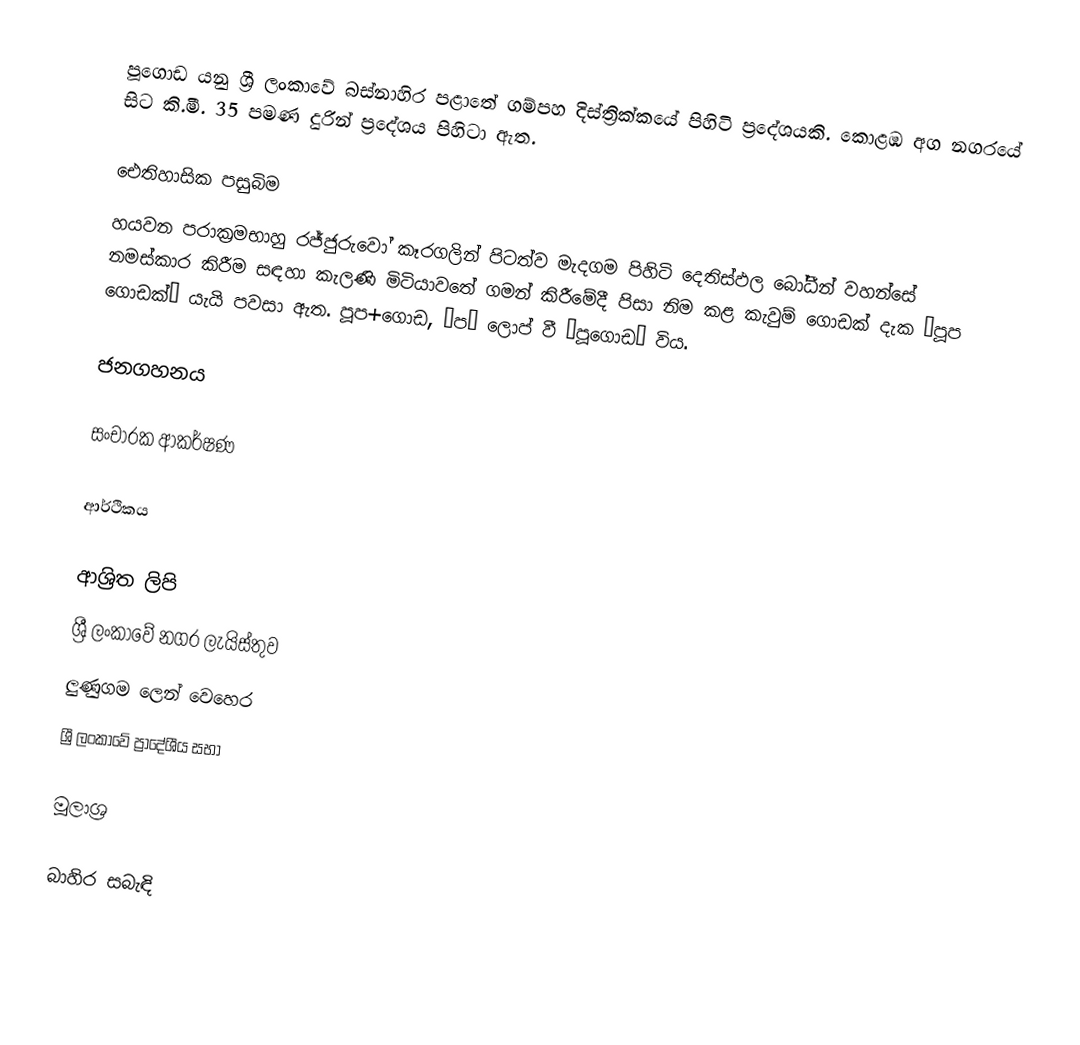
පූගොඩ යනු ශ්‍රී ලංකාවේ බස්නාහිර පළාතේ ගම්පහ දිස්ත්‍රික්කයේ පිහිටි ප්‍රදේශයකි. කොළඹ අග නගරයේ සිට කි.මී. 35 පමණ දුරින් ප්‍රදේශය පිහිටා ඇත.

ඓතිහාසික පසුබිම
හයවන පරාක්‍රමභාහු රජ්ජුරුවෝ කෑරගලින් පිටත්ව මැදගම පිහිටි දෙතිස්ඵල බෝධීන් වහන්සේ නමස්කාර කිරීම සඳහා කැලණි මිටියාවතේ ගමන් කිරීමේදී පිසා නිම කළ කැවුම් ගොඩක් දැක “පූප ගොඩක්” යැයි පවසා ඇත. පූප+ගොඩ, ‘ප’ ලොප් වී ‘පූගොඩ’ විය.

ජනගහනය

සංචාරක ආකර්ෂණ

ආර්ථිකය

ආශ්‍රිත ලිපි
 ශ්‍රී ලංකාවේ නගර ලැයිස්තුව
 ලුණුගම ලෙන් වෙහෙර
 ශ්‍රී ලංකාවේ ප්‍රාදේශීය සභා

මූලාශ්‍ර

බාහිර සබැඳි